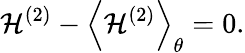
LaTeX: \mathcal{H}^{(2)}-\left<{\mathcal{H}^{(2)}}\right>_{\theta}=0.